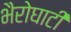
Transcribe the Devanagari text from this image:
भैरोघाटी